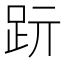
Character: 䟚